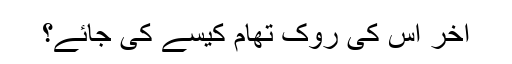
آخر اس کی روک تھام کیسے کی جائے؟